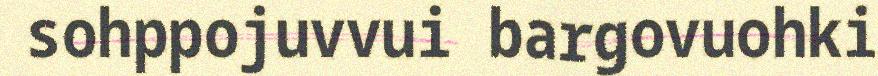
sohppojuvvui bargovuohki